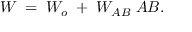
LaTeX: { \cal W } \; = \; { \cal W } _ { o } \; + \; { \cal W } _ { A B } \; A B .